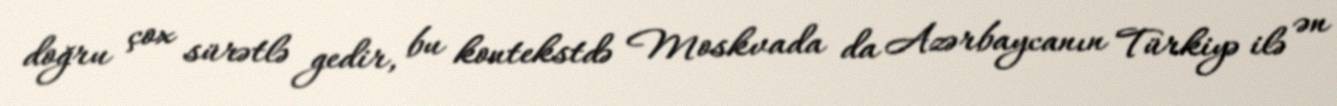
doğru çox sürətlə gedir, bu kontekstdə Moskvada da Azərbaycanın Türkiyə ilə ən